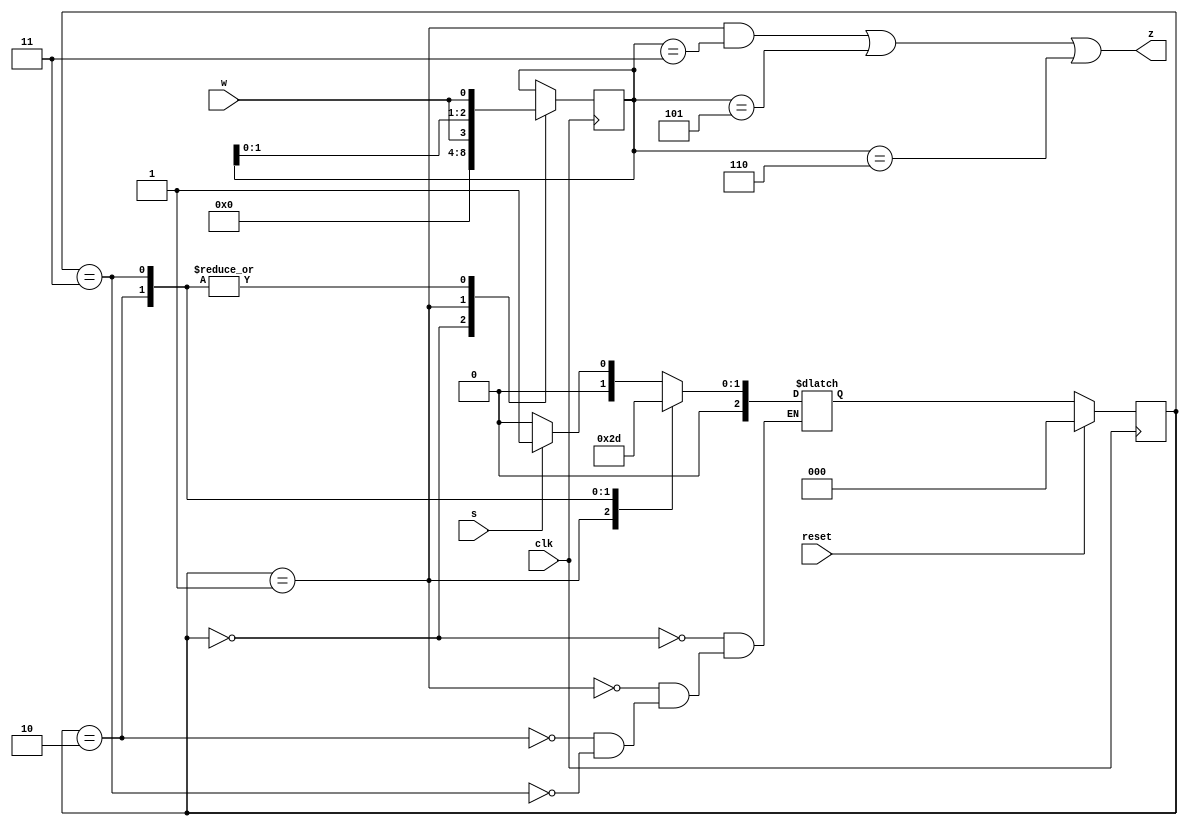
module top_module (
    input clk,
    input reset,   // Synchronous reset
    input s,
    input w,
    output z
);
	parameter A=0,B=1,C=2,D=3;
    reg [2:0] state,next;
    reg [2:0] count;
    
    always@(*)begin
        case(state)
            A:	next = s?B:A;
            B:	next = C;
			C: 	next = D;
            D: 	next = B;
        endcase
    end
    
    always@(posedge clk) begin
        if(reset)
            state <= A;
        else
            state <= next;
    end
    
    always@(posedge clk) begin
        case(state) 
            A:count <= 3'b000;
            B:count <= {2'b00,w};
        	C:count <= {count[1:0],w};
            D:count <= {count[1:0],w};
        endcase
    end
    
    assign z = (state==B) & (count == 3'b011)|(count == 3'b101)|(count == 3'b110);
endmodule